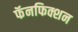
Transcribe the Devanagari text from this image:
फॅनफिक्शन